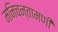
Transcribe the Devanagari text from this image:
मनिचन्तामणी